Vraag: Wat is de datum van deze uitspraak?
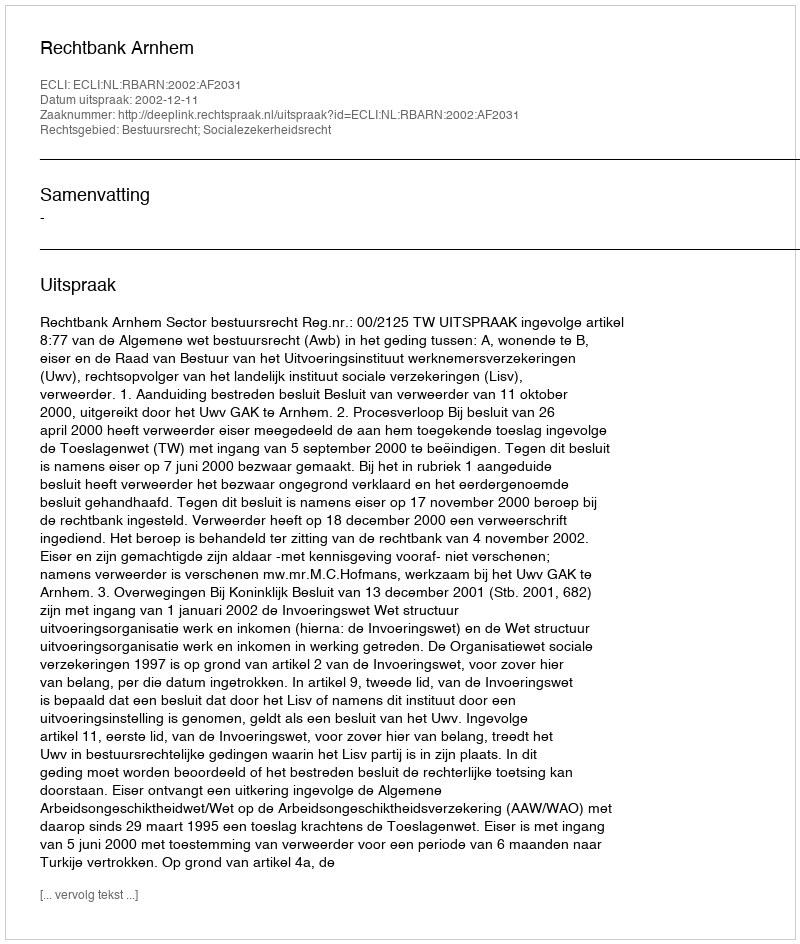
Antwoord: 2002-12-11